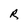
Character: R